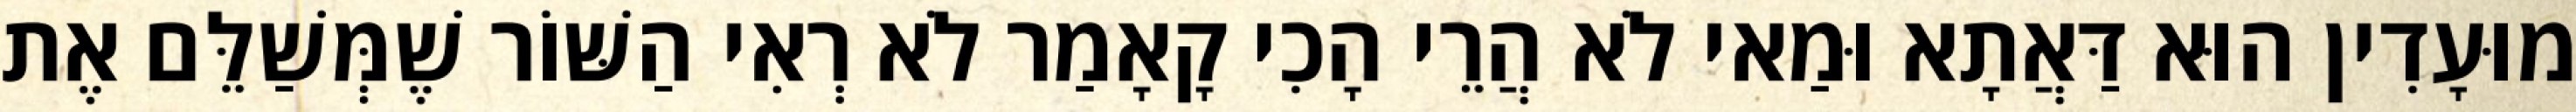
מוּעָדִין הוּא דַּאֲתָא וּמַאי לֹא הֲרֵי הָכִי קָאָמַר לֹא רְאִי הַשּׁוֹר שֶׁמְּשַׁלֵּם אֶת